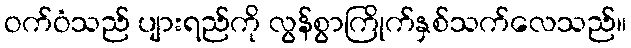
ဝက်ဝံသည် ပျားရည်ကို လွန်စွာကြိုက်နှစ်သက်လေသည်။